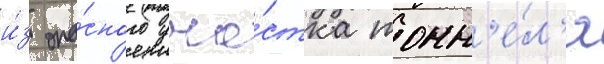
и́з опа́сного уча́стка тонн'е́л'я